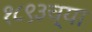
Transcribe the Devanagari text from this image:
१८९३च्या